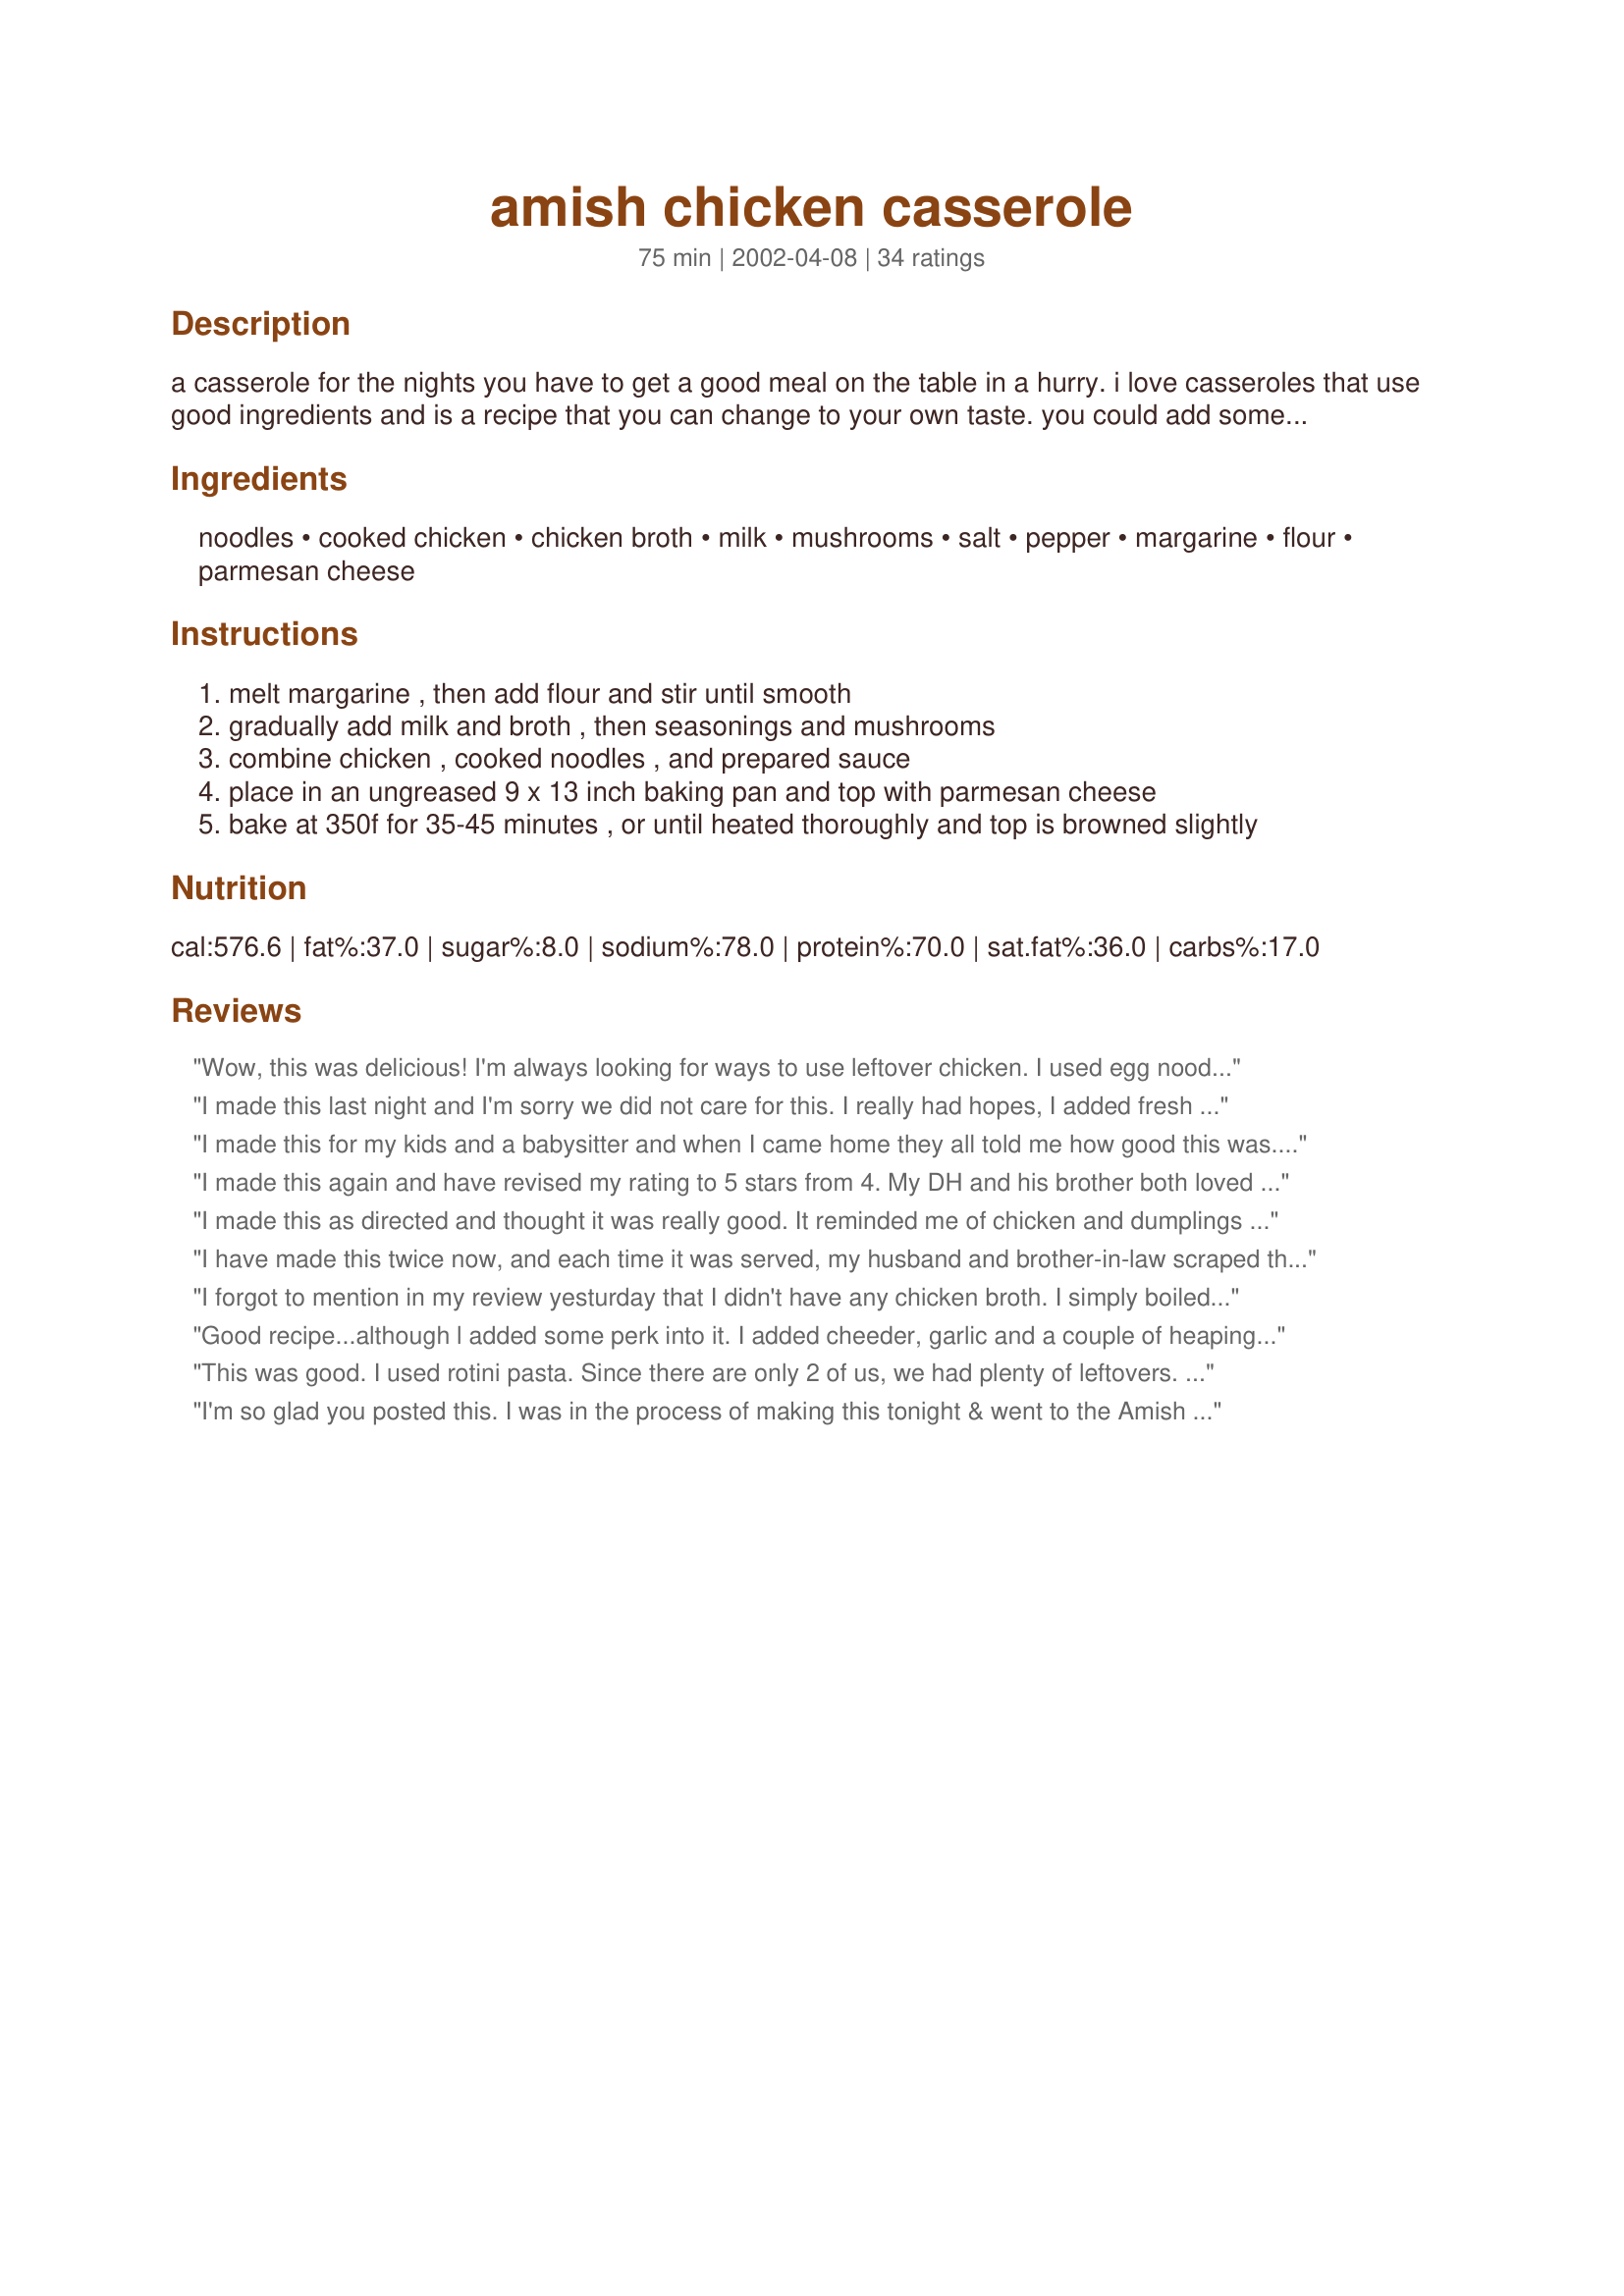
amish chicken casserole
Preparation time: 75 minutes

a casserole for the nights you have to get a good meal on the table in a hurry. i love casseroles that use good ingredients and is a recipe that you can change to your own taste. you could add some other vegetables to this one. i just love the dutch-amish recipes.

Ingredients:
noodles, cooked chicken, chicken broth, milk, mushrooms, salt, pepper, margarine, flour, parmesan cheese

Steps:
melt margarine , then add flour and stir until smooth
gradually add milk and broth , then seasonings and mushrooms
combine chicken , cooked noodles , and prepared sauce
place in an ungreased 9 x 13 inch baking pan and top with parmesan cheese
bake at 350f for 35-45 minutes , or until heated thoroughly and top is browned slightly

Reviews:
Wow, this was delicious! I'm always looking for ways to use leftover chicken. I used egg noodles. I made a few small changes: I used only 1 (14-oz.) can of chicken broth and juice from can of mushrooms to equal 2 cups of liquid. I also added frozen peas. I will definately make this again. Thanks, Miss Annie for posting.
I made this last night and I'm sorry we did not care for this. I really had hopes, I added fresh mushrooms and garlic and we just thought it was much too bland for our tastes. Thanks for posting.
I made this for my kids and a babysitter and when I came home they all told me how good this was. The only substitution I made was to add peas instead of mushrooms. Everyone loved it. Thanks for a great kid pleasing recipe Miss Annie!
I made this again and have revised my rating to 5 stars from 4. My DH and his brother both loved this, and they don't like casseroles.
This was super easy to do. I added an extra portion to the meal and adjusted the quantities accordingly. I also added more mushrooms, about a cup of frozen veggies and 2 celery stalks. I added more salt and pepper than it called for. I also topped it with some breadcrumbs as well as parmasan cheese. I'll definately make this again, but in larger quantities for leftovers and freezing.
I made this as directed and thought it was really good. It reminded me of chicken and dumplings with pasta instead of dumplings.
I have made this twice now, and each time it was served, my husband and brother-in-law scraped the casserole dish...I think that is a compliment to your recipe in itself...it was quick and very enjoyable... thank you for sharing.
I forgot to mention in my review yesturday that I didn't have any chicken broth. I simply boiled my chicken breasts in several cups of water along with a few carrot pieces and onion pieces. When done, I let the chicken rest, discarded the veggies, and used the water for my broth. Worked great.
Good recipe...although l added some perk into it. I added cheeder, garlic and a couple of heaping spoons of sourcream.
This was good. I used rotini pasta. Since there are only 2 of us, we had plenty of leftovers. This was such an easy recipe to make. Thanks for sharing.
I'm so glad you posted this. I was in the process of making this tonight & went to the Amish website this was on, only to find that the site has been deleted :( My family loves this, especially the kids. I have done some adjustments of my own, cooked celery & Onion with the chicken, added with the mushrooms in the sauce & top it with seasoned or plain breadcrumbs instead of the cheese. It's awesome!!!
We thoroughly enjoyed your tasty casserole. I added a bit of sharp cheese when cooking the sauce and threw in some frozen peas... Thanks for posting, Miss Annie... this is a keeper! M. Joan
Really easy and great results! This makes a perfect basic white sauce, I wouldn't change it a bit. For our tastes I did add about a cup of cheddar to the sauce and about 10 or so dashes of tabasco. We like a little kick. I added a handful or peas and topped with the parm & galric and herb bread crumbs. I had plans last night so I made this for my husband who said it was wonderful. He also said our 15 month old gobbled it up, he could barely get a bite in. I am enjoying the leftovers for lunch as I write this and I agree completely that this is a keeper. Thanks Miss Annie!
THie was great! DH and I LOVED it! Very rich and creamy...I was afriad it might be bland, but not at all! I didn't use the mushrooms, as DH doesn't like them, but I don't think we missed them. This is a great recipe, Miss Annie and one we fix again and again! Thanks!
We found this bland and disappointing. I did not add mushrooms, but otherwise followed the recipe. Now I am trying to turn the left overs into some sort of chicken pot pie.
This was good. I used egg noodles and chopped broccoli in this recipe. I cut back on the salt and only used 1 teaspoon because the chicken broth was salty already. I mixed the broccoli, chicken, and noodles together. Then I used shredded cheddar on top along with the parmesan.
I'm from the Midwest where bland is frequently in so I totally enjoyed this. I added some garlic and vegetables to make it a complete meal.
Made this last night and my husband who is &quot;sick of chicken&quot; loved it and said that I should make it again! Everyone else also loved it, too! I had no mushrooms, so I used canned peas instead. I also took several people&#039;s advice and topped it with seasoned bread crumbs and parmesan. I also used butter instead of margarine. There was hardly anything left and that disappeared for lunch the next day!
My family loved this recipe. Although I do think it has alot of fat in it. I also added mixed vegetables to it.
Wednesdays are casserole days in our house and this is the one I chose for last night's dinner. We LOVED it! Total comfort food. I used Kluski noodles, which always seem more like home-made to me. I added a couple of handfuls of frozen peas and corn which, along with the mushrooms, gave this casserole a somewhat of a 'chicken pot pie' feeling. This will definitely be made again at my house....probably next Wednesday! Thanks for posting this recipe Miss Annie :)
This was good and easy to make. I had leftover spaghetti and chicken from the other night so this made it quicker to make. I followed the recipe as written other then I used butter instead of margarine and didn't add the mushrooms as I didn't have any. Next time I would cut back on the salt as I thought it was a tad salty and add a bit more pepper. I also cooked this all on the stove top and did not use the oven. We all enjoyed this.
Made this last week, it was very good - true comfort food for a cold night! Added in some frozen vegetables and cheddar cheese. Dinner was done! Thank you Annie
Oh my, this was so good in so many ways. We had this last week and first bite, my honey-bunch said he like it and that is a BIG plus! I was excited to get up and have leftover for lunch the next day lol. I used penne pasta and doubled the chicken as it was what was left from a rotisserie one the day before. I used just a wee bit of bread crumbs with the parmasean cheese on top. This filled an 8x11 pan perfectly. We kinda on purpose had chicken today for leftovers tomorrow... yeaaa me! Thank you for such an easy, wonderful recipe.
This is my husband's favorite! Its simple and filling which works great for my busy household. I usually double the recipe for leftovers.
This was really very good. The base is very creamy (and it should be with all that butter!) I added some frozen peas and carrots and used penne pasta. Loved it! It tasted great.
This was an easy and great Weds night dinner with no processed foods (i.e. cream of ???) involved. I used leftover chicken and leftover pasta and this didn't taste like leftovers. I too crushed some garlic/cheese crouton and mixed with the parm on top. Also, when I make other white sauces, I use equal amounts of butter and flour, so I reduced the butter in this recipe to 1/3 cup and it worked fine. Thanks for posting!
this is a great basic chicken casserole. i made it for a potluck and it was gone...i had one bite from my husbands plate! i made some changes: left out the mushrooms because it was a potluck, i used butter instead of margarine, just cause i don't like margarine, and i crushed up butter and garlic croutons to put on the top. i'm definitely making this again, only next time i think i'll throw in some veggies.
Followed recipe completely and it was a winner!
I made this and it was very good. I used left over turkey breast. I also added a large bag of mixed vegtables to not only add color but to make this a complete meal. I served it with a salad and corn bread and my family just loved it.
What a great casserole. Very easy to throw together and pop in the oven. Followed the recipe and it turned out great. Wasn't even any leftover for lunch today. Thanks for the keeper.
This really hit the spot when it comes to comfort food.

I'm from the midwest, so I didn't consider it bland-it had just enough flavor that the whole family fell in love with the dish.

I did make some changes: First i added 16 oz of noodles, because 8 oz didn't seem like enough. Then I used Colby Jack cheese on top instead of Parmesan, as it was what I had on hand.

Will definitely make again. Thanks so much for posting this!
Good stuff. Always nice to find a casserole recipe that doesn't call for some cream o' something soup. Rich and filling my family LOVED this!
Quick and easy!!Great way to use up left-over chicken.I added a couple a splashes of worchershire sauce and slapped it on the table!Great for all you busy folks out there,dont plan on leftovers with this one!!
A very nice casserole dish. True comfort food! The only difference I made was to use a cup of frozen peas with mushrooms with garlic. The time for baking was right on.
Serve this with fresh fruit and we really enjoyed it. Thanks. Carole in Orlando
Good and easy.
